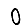
Digit: 0